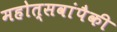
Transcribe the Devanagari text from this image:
महोत्सवांपैकी